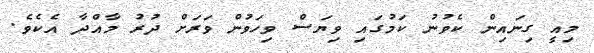
މިއީ ގިނައިން ކެވުނު ކަމުގައި ވިޔަސް ވިހަވުން ވަރަށް ދުރު މާއްދާ އެކެވެ.